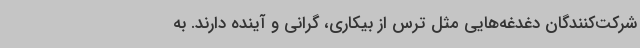
شرکت‌کنندگان دغدغه‌هایی مثل ترس از بیکاری، گرانی و آینده دارند. به